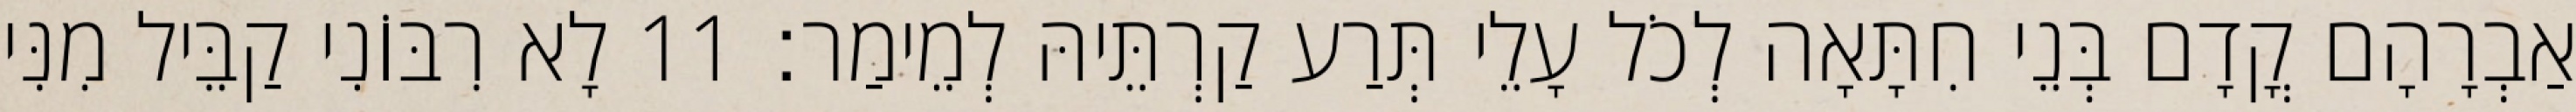
אַבְרָהָם קֳדָם בְּנֵי חִתָּאָה לְכֹל עָלֵי תְּרַע קַרְתֵּיהּ לְמֵימַר׃ 11 לָא רִבּוֹנִי קַבֵּיל מִנִּי